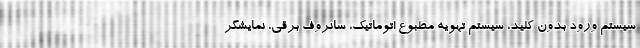
سیستم ورود بدون کلید، سیستم تهویه مطبوع اتوماتیک، سانروف برقی، نمایشگر